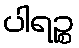
ပါရဉ္စ